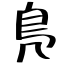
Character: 鳬